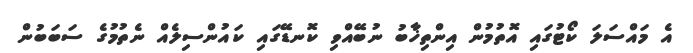
އެ މައްސަލަ ކޯޓުގައި އޮތުމުން އިންތިޚާބު ނުބޭއްވި ކޮނޑޭގައި ކައުންސިލެއް ނެތުމުގެ ސަބަބުން